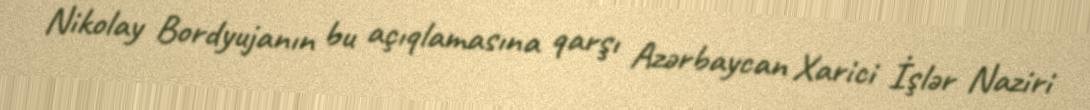
Nikolay Bordyujanın bu açıqlamasına qarşı Azərbaycan Xarici İşlər Naziri